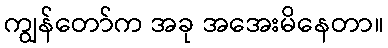
ကျွန်တော်က အခု အအေးမိနေတာ။